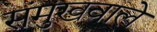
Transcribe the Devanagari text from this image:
संमुखवाले